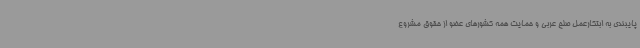
پایبندی به ابتکارعمل صلح عربی و حمایت همه کشورهای عضو از حقوق مشروع